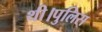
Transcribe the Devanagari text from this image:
थी।पुलिस